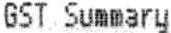
GST SUMMARY